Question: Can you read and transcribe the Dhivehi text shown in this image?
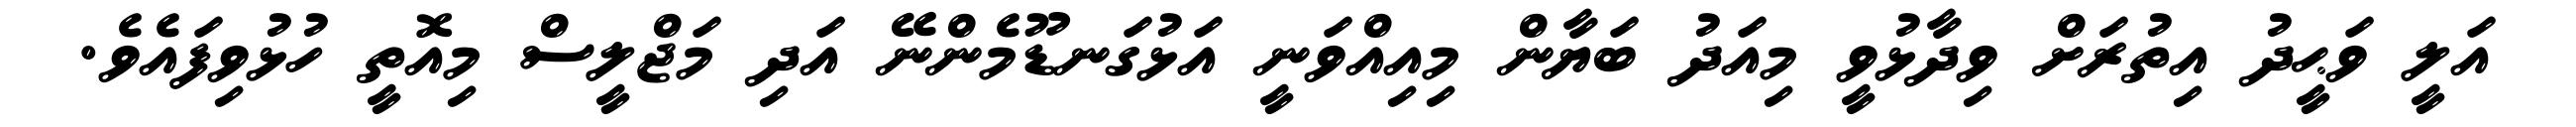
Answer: އަލީ ވަޙީދު އިތުރަށް ވިދާޅުވީ މިއަދު ބަޔާން މިއިއްވަނީ އަޅުގަނޑޫމެންނޭ އަދި މަޖްލީސް މިއޮތީ ހުޅުވިފައެވެ.